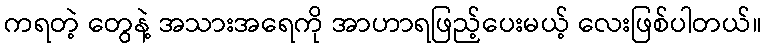
ကရတဲ့ တွေနဲ့ အသားအရေကို အာဟာရဖြည့်ပေးမယ့် လေးဖြစ်ပါတယ်။